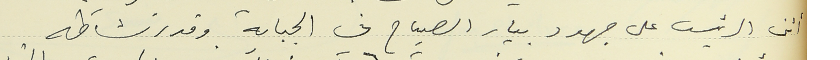
أثنى الرئيس على جهود بيار الصياح في الجباية وقدر نشاطه